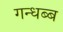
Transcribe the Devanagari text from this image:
गन्धब्ब